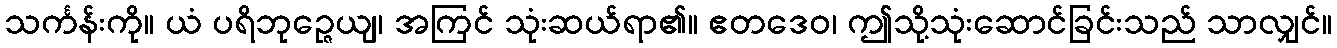
သင်္ကန်းကို။ ယံ ပရိဘုဉ္ဇေယျ၊ အကြင် သုံးဆယ်ရာ၏။ ဧတဒေဝ၊ ဤသို့သုံးဆောင်ခြင်းသည် သာလျှင်။